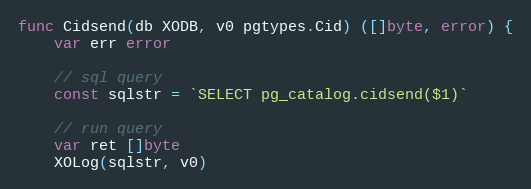
Language: Go
func Cidsend(db XODB, v0 pgtypes.Cid) ([]byte, error) {
	var err error

	// sql query
	const sqlstr = `SELECT pg_catalog.cidsend($1)`

	// run query
	var ret []byte
	XOLog(sqlstr, v0)